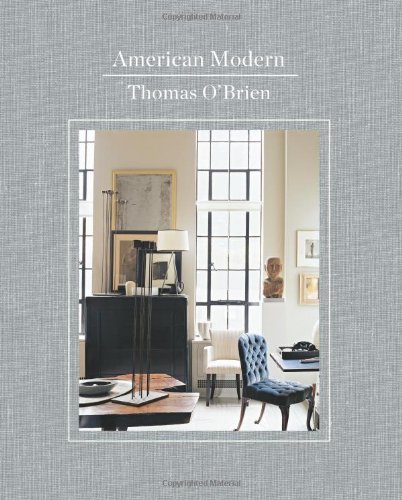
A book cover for American Modern; Thomas O'Brien; Arts & Photography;